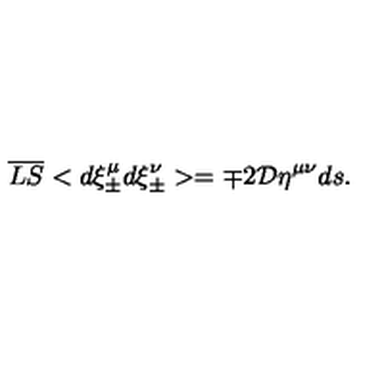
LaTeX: \overline { { L S } } < d \xi _ { \pm } ^ { \mu } d \xi _ { \pm } ^ { \nu } > = \mp 2 { \cal D } \eta ^ { \mu \nu } d s .